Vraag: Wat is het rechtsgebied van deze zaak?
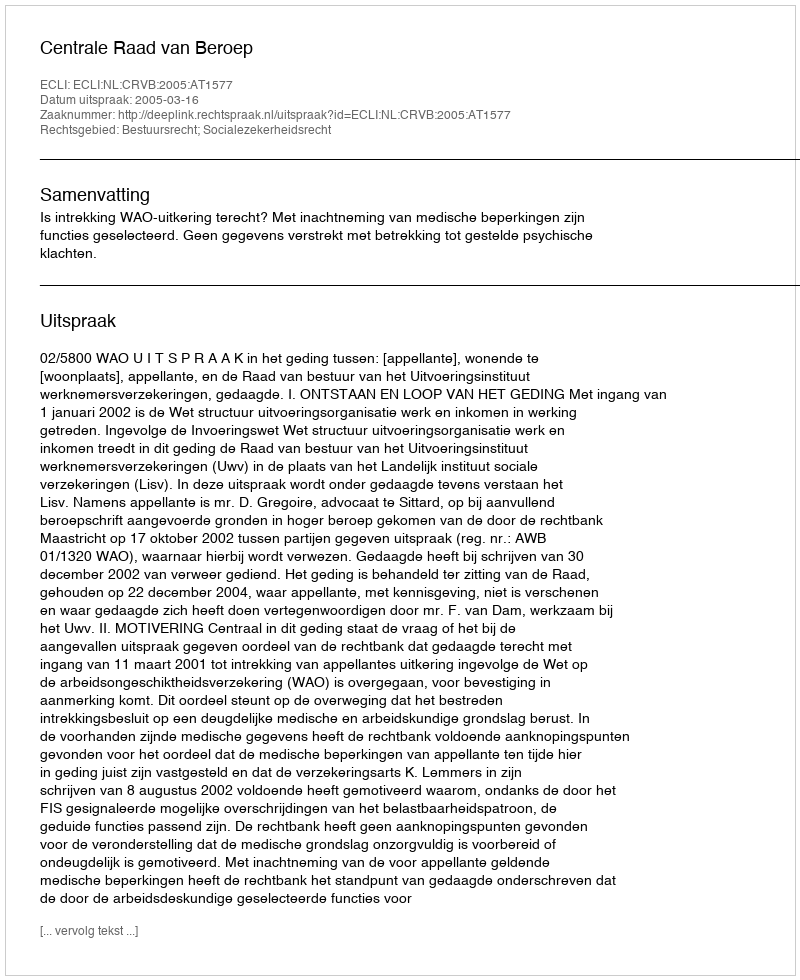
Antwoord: Bestuursrecht; Socialezekerheidsrecht